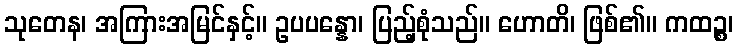
သုတေန၊ အကြားအမြင်နှင့်။ ဥပပန္နော၊ ပြည့်စုံသည်။ ဟောတိ၊ ဖြစ်၏။ ကထဉ္စ၊